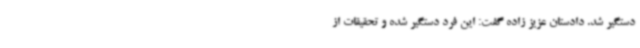
دستگیر شد. دادستان عزیز زاده گفت: این فرد دستگیر شده و تحقیقات از